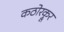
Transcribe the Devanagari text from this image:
कठोरक्रूर